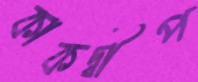
কাকদ্বীপ